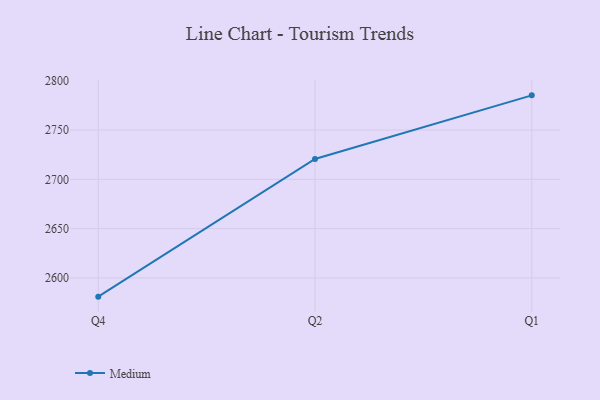
{"axis": {"x": "Quarter", "y": "Churn Rate (%)"}, "legend": ["Medium"], "data": [{"x": "Q4", "y": 2581.0, "type": "Medium"}, {"x": "Q2", "y": 2720.7, "type": "Medium"}, {"x": "Q1", "y": 2785.2, "type": "Medium"}]}